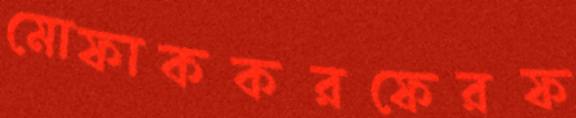
মোফাককরফেরফ